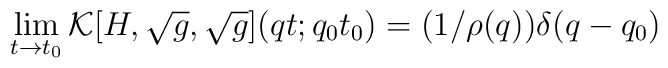
\lim_{ t \rightarrow t_0}  {\cal K}[H,\sqrt{g},\sqrt{g}](qt;q_0t_0)     = (1/\rho(q)) \delta (q-q_0)